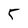
Character: 5